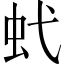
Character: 𧈺